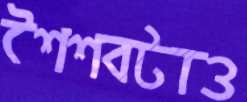
শৈশবটাও